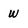
Character: W